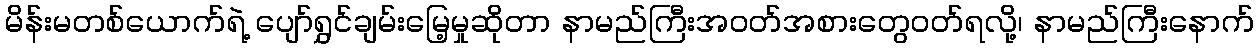
မိန်းမတစ်ယောက်ရဲ့ ပျော်ရွှင်ချမ်းမြေ့မှုဆိုတာ နာမည်ကြီးအဝတ်အစားတွေဝတ်ရလို့၊ နာမည်ကြီးနောက်